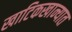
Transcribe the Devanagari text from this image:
खाटिकखान्यात